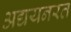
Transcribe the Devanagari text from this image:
अद्ययनरत